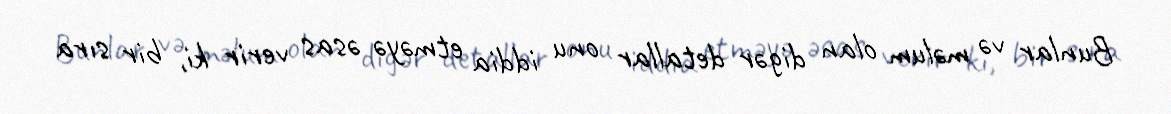
Bunlar və məlum olan digər detallar onu iddia etməyə əsas verir ki, bir sıra